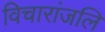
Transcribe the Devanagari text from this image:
विचारांजलि